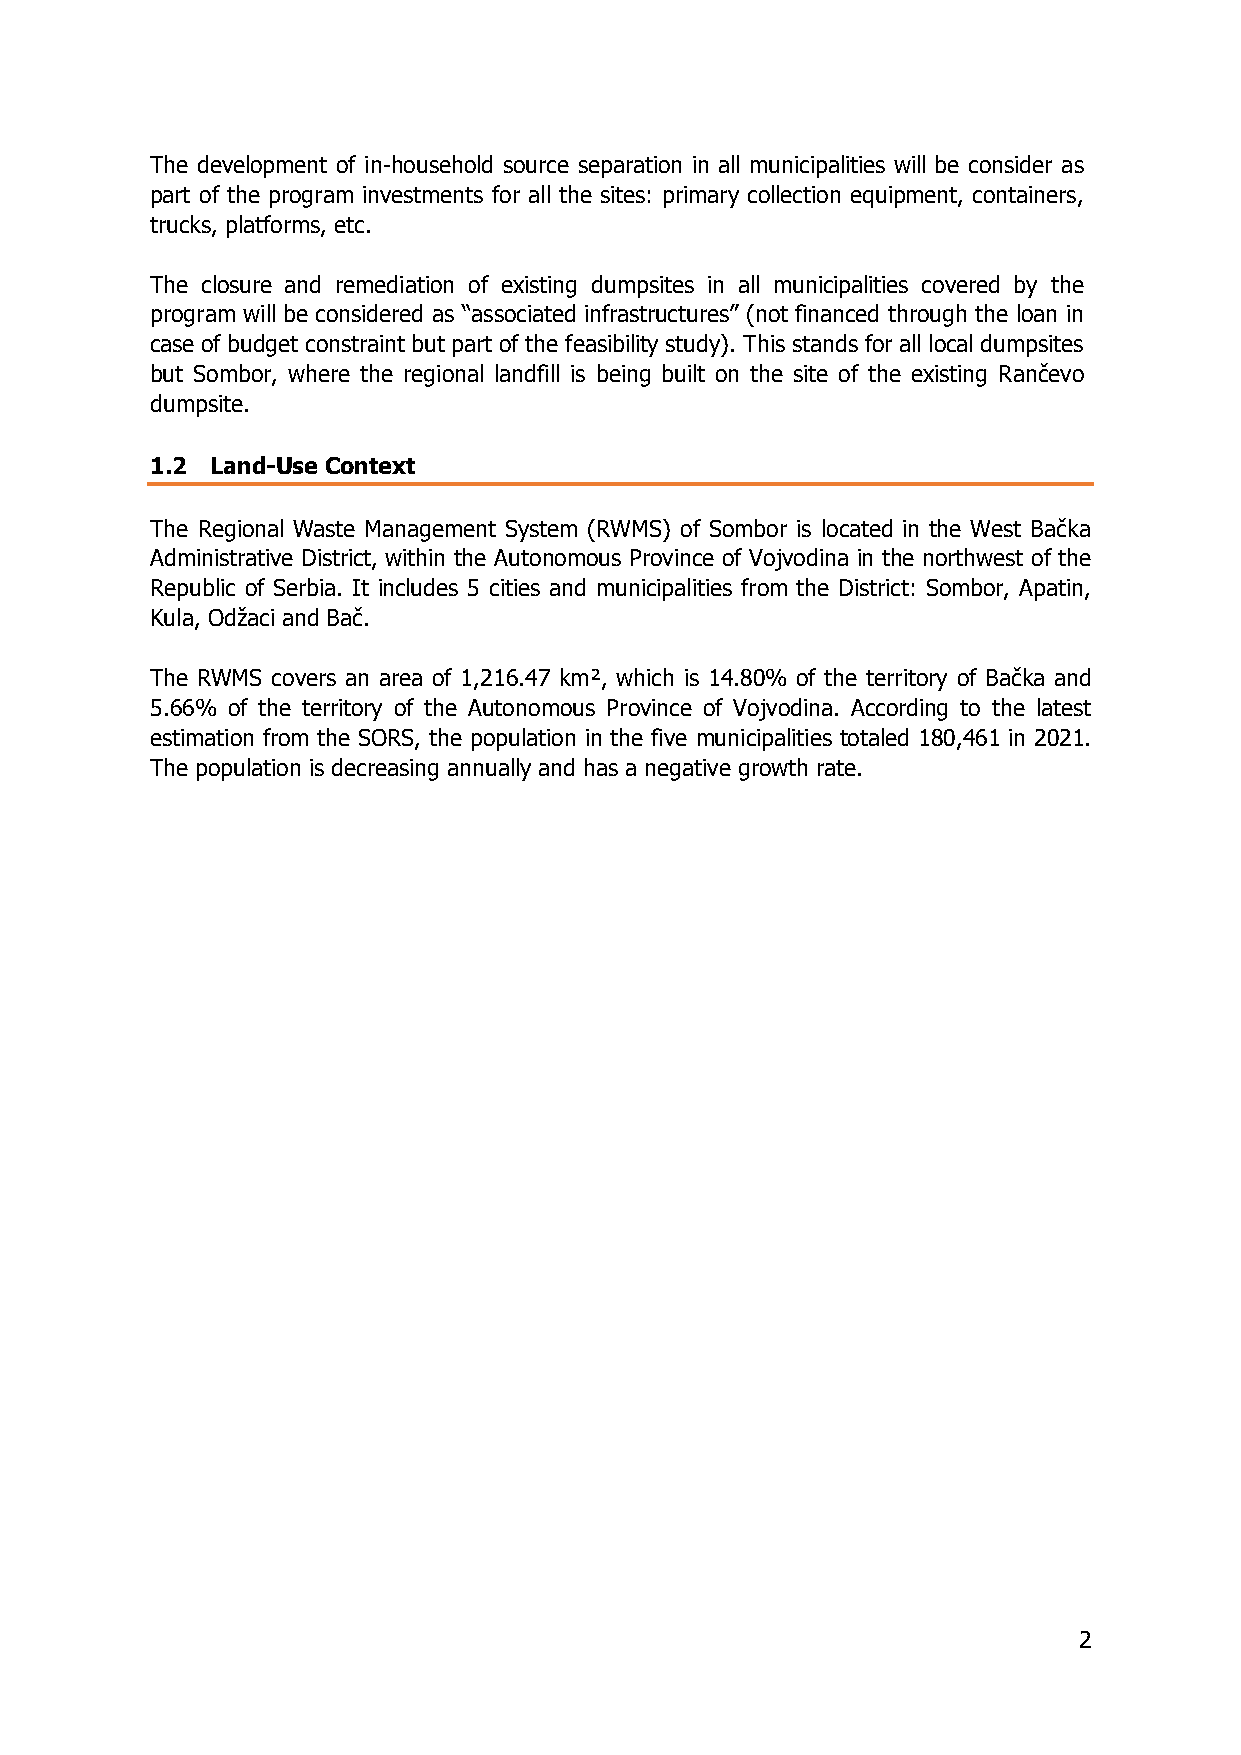
The development of in-household source separation in all municipalities will be consider as
 part of the program investments for all the sites: primary collection equipment, containers,
 trucks, platforms, etc.
 The closure and remediation of existing dumpsites in all municipalities covered by the
 program will be considered as “associated infrastructures” (not financed through the loan in
 case of budget constraint but part of the feasibility study). This stands for all local dumpsites
 but Sombor, where the regional landfill is being built on the site of the existing Rančevo
 dumpsite.
 1.2 Land-Use Context
 The Regional Waste Management System (RWMS) of Sombor is located in the West Bačka
 Administrative District, within the Autonomous Province of Vojvodina in the northwest of the
 Republic of Serbia. It includes 5 cities and municipalities from the District: Sombor, Apatin,
 Kula, Odžaci and Bač.
 The RWMS covers an area of 1,216.47 km², which is 14.80% of the territory of Bačka and
 5.66% of the territory of the Autonomous Province of Vojvodina. According to the latest
 estimation from the SORS, the population in the five municipalities totaled 180,461 in 2021.
 The population is decreasing annually and has a negative growth rate.
 2